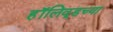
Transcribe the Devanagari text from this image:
हॉलिवूडच्या